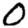
Digit: 0